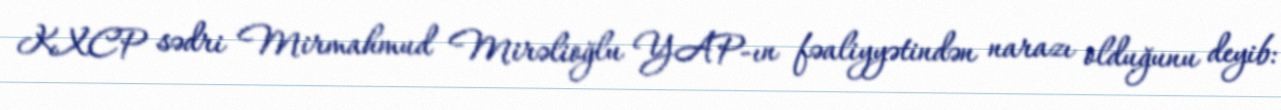
KXCP sədri Mirmahmud Mirəlioğlu YAP-ın fəaliyyətindən narazı olduğunu deyib: